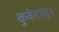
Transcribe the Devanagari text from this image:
कुवेतातून